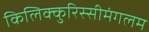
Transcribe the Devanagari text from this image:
किलिक्कुरिस्सीमंगलम